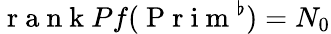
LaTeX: \mathrm{~r~a~n~k~}Pf(\mathrm{~P~r~i~m~}^{\flat})=N_{0}